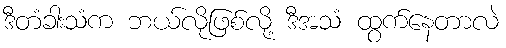
ဒီတံခါးသံက ဘယ်လိုဖြစ်လို့ ဒီအသံ ထွက်နေတာလဲ